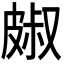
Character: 𭽭